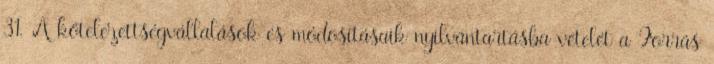
31. A kötelezettségvállalások és módosításaik nyilvántartásba vételét a Forrás